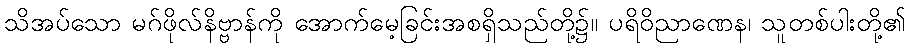
သိအပ်သော မဂ်ဖိုလ်နိဗ္ဗာန်ကို အောက်မေ့ခြင်းအစရှိသည်တို့၌။ ပရိဝိညာဏေန၊ သူတစ်ပါးတို့၏